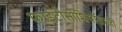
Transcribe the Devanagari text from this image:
फाइटोसोशियॉलाजी